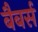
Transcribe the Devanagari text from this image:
बैबर्स